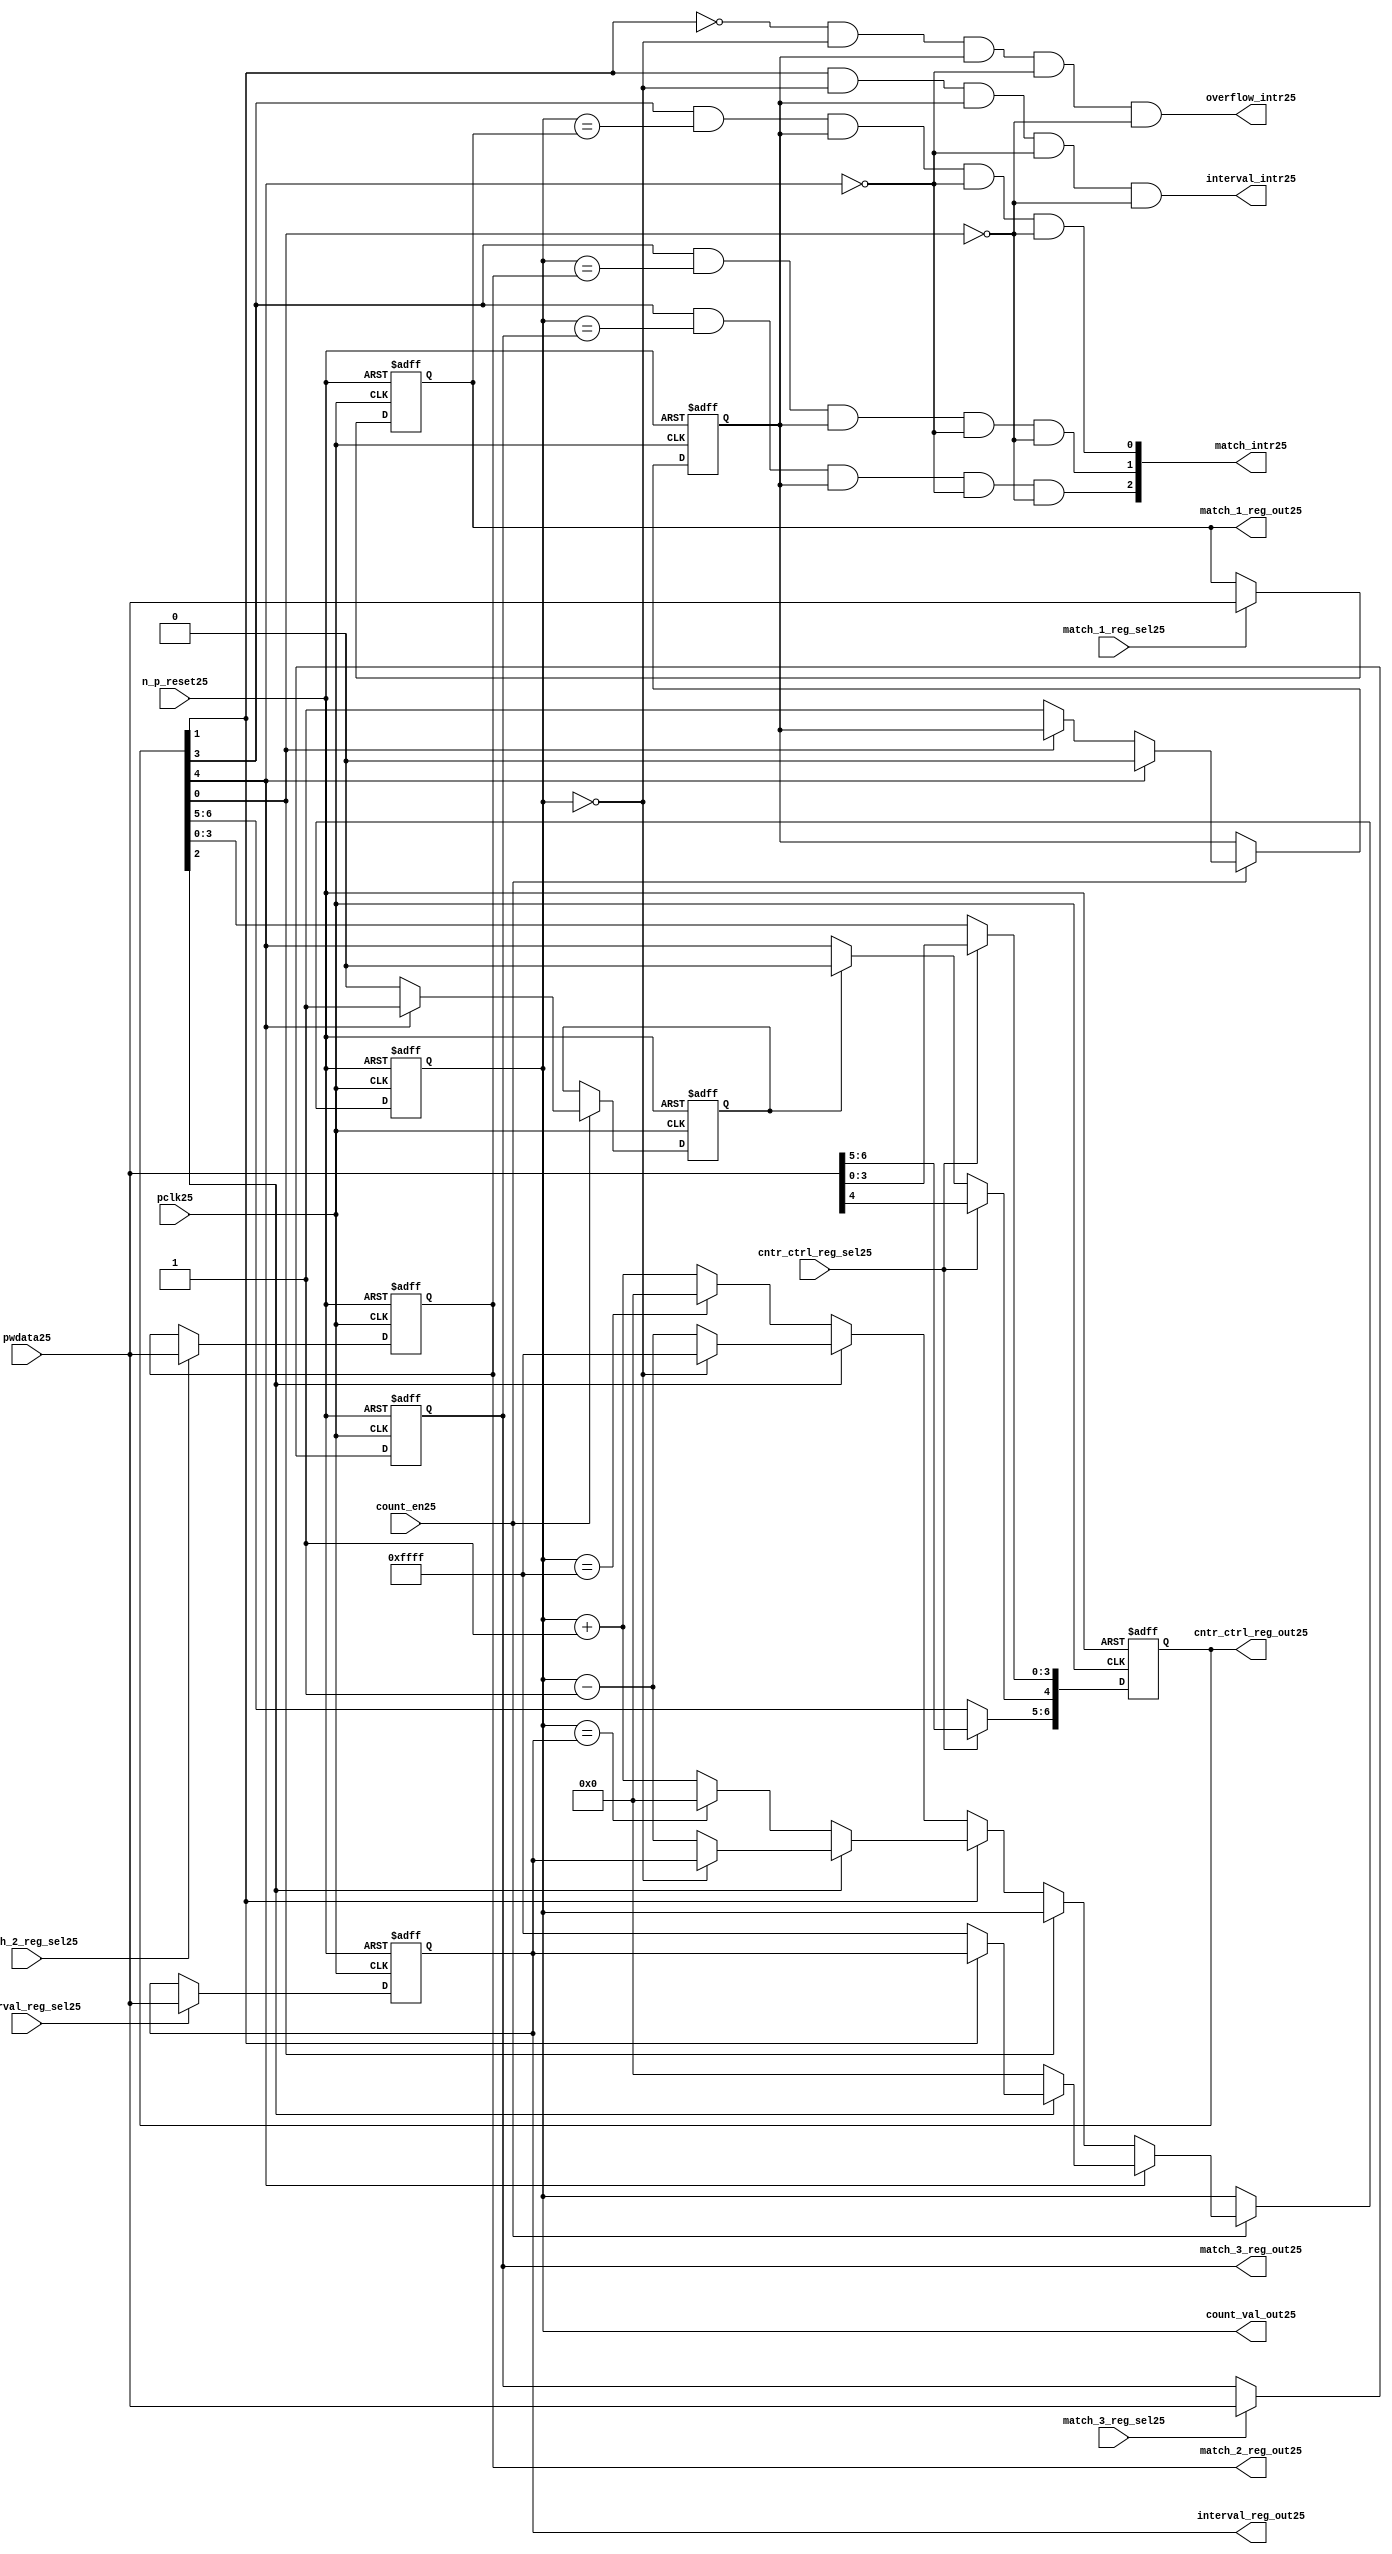
//File25 name   : ttc_counter_lite25.v
//Title25       : 
//Created25     : 1999
//Description25 :The counter can increment and decrement.
//   In increment mode instead of counting25 to its full 16 bit
//   value the counter counts25 up to or down from a programmed25 interval25 value.
//   Interrupts25 are issued25 when the counter overflows25 or reaches25 it's interval25
//   value. In match mode if the count value equals25 that stored25 in one of three25
//   match registers an interrupt25 is issued25.
//Notes25       : 
//----------------------------------------------------------------------
//   Copyright25 1999-2010 Cadence25 Design25 Systems25, Inc25.
//   All Rights25 Reserved25 Worldwide25
//
//   Licensed25 under the Apache25 License25, Version25 2.0 (the
//   "License25"); you may not use this file except25 in
//   compliance25 with the License25.  You may obtain25 a copy of
//   the License25 at
//
//       http25://www25.apache25.org25/licenses25/LICENSE25-2.0
//
//   Unless25 required25 by applicable25 law25 or agreed25 to in
//   writing, software25 distributed25 under the License25 is
//   distributed25 on an "AS25 IS25" BASIS25, WITHOUT25 WARRANTIES25 OR25
//   CONDITIONS25 OF25 ANY25 KIND25, either25 express25 or implied25.  See
//   the License25 for the specific25 language25 governing25
//   permissions25 and limitations25 under the License25.
//----------------------------------------------------------------------
//


module ttc_counter_lite25(

  //inputs25
  n_p_reset25,    
  pclk25,          
  pwdata25,              
  count_en25,
  cntr_ctrl_reg_sel25, 
  interval_reg_sel25,
  match_1_reg_sel25,
  match_2_reg_sel25,
  match_3_reg_sel25,         

  //outputs25    
  count_val_out25,
  cntr_ctrl_reg_out25,
  interval_reg_out25,
  match_1_reg_out25,
  match_2_reg_out25,
  match_3_reg_out25,
  interval_intr25,
  match_intr25,
  overflow_intr25

);


//--------------------------------------------------------------------
// PORT DECLARATIONS25
//--------------------------------------------------------------------

   //inputs25
   input          n_p_reset25;         //reset signal25
   input          pclk25;              //System25 Clock25
   input [15:0]   pwdata25;            //6 Bit25 data signal25
   input          count_en25;          //Count25 enable signal25
   input          cntr_ctrl_reg_sel25; //Select25 bit for ctrl_reg25
   input          interval_reg_sel25;  //Interval25 Select25 Register
   input          match_1_reg_sel25;   //Match25 1 Select25 register
   input          match_2_reg_sel25;   //Match25 2 Select25 register
   input          match_3_reg_sel25;   //Match25 3 Select25 register

   //outputs25
   output [15:0]  count_val_out25;        //Value for counter reg
   output [6:0]   cntr_ctrl_reg_out25;    //Counter25 control25 reg select25
   output [15:0]  interval_reg_out25;     //Interval25 reg
   output [15:0]  match_1_reg_out25;      //Match25 1 register
   output [15:0]  match_2_reg_out25;      //Match25 2 register
   output [15:0]  match_3_reg_out25;      //Match25 3 register
   output         interval_intr25;        //Interval25 interrupt25
   output [3:1]   match_intr25;           //Match25 interrupt25
   output         overflow_intr25;        //Overflow25 interrupt25

//--------------------------------------------------------------------
// Internal Signals25 & Registers25
//--------------------------------------------------------------------

   reg [6:0]      cntr_ctrl_reg25;     // 5-bit Counter25 Control25 Register
   reg [15:0]     interval_reg25;      //16-bit Interval25 Register 
   reg [15:0]     match_1_reg25;       //16-bit Match_125 Register
   reg [15:0]     match_2_reg25;       //16-bit Match_225 Register
   reg [15:0]     match_3_reg25;       //16-bit Match_325 Register
   reg [15:0]     count_val25;         //16-bit counter value register
                                                                      
   
   reg            counting25;          //counter has starting counting25
   reg            restart_temp25;   //ensures25 soft25 reset lasts25 1 cycle    
   
   wire [6:0]     cntr_ctrl_reg_out25; //7-bit Counter25 Control25 Register
   wire [15:0]    interval_reg_out25;  //16-bit Interval25 Register 
   wire [15:0]    match_1_reg_out25;   //16-bit Match_125 Register
   wire [15:0]    match_2_reg_out25;   //16-bit Match_225 Register
   wire [15:0]    match_3_reg_out25;   //16-bit Match_325 Register
   wire [15:0]    count_val_out25;     //16-bit counter value register

//-------------------------------------------------------------------
// Assign25 output wires25
//-------------------------------------------------------------------

   assign cntr_ctrl_reg_out25 = cntr_ctrl_reg25;    // 7-bit Counter25 Control25
   assign interval_reg_out25  = interval_reg25;     // 16-bit Interval25
   assign match_1_reg_out25   = match_1_reg25;      // 16-bit Match_125
   assign match_2_reg_out25   = match_2_reg25;      // 16-bit Match_225 
   assign match_3_reg_out25   = match_3_reg25;      // 16-bit Match_325 
   assign count_val_out25     = count_val25;        // 16-bit counter value
   
//--------------------------------------------------------------------
// Assigning25 interrupts25
//--------------------------------------------------------------------

   assign interval_intr25 =  cntr_ctrl_reg25[1] & (count_val25 == 16'h0000)
      & (counting25) & ~cntr_ctrl_reg25[4] & ~cntr_ctrl_reg25[0];
   assign overflow_intr25 = ~cntr_ctrl_reg25[1] & (count_val25 == 16'h0000)
      & (counting25) & ~cntr_ctrl_reg25[4] & ~cntr_ctrl_reg25[0];
   assign match_intr25[1]  =  cntr_ctrl_reg25[3] & (count_val25 == match_1_reg25)
      & (counting25) & ~cntr_ctrl_reg25[4] & ~cntr_ctrl_reg25[0];
   assign match_intr25[2]  =  cntr_ctrl_reg25[3] & (count_val25 == match_2_reg25)
      & (counting25) & ~cntr_ctrl_reg25[4] & ~cntr_ctrl_reg25[0];
   assign match_intr25[3]  =  cntr_ctrl_reg25[3] & (count_val25 == match_3_reg25)
      & (counting25) & ~cntr_ctrl_reg25[4] & ~cntr_ctrl_reg25[0];


//    p_reg_ctrl25: Process25 to write to the counter control25 registers
//    cntr_ctrl_reg25 decode:  0 - Counter25 Enable25 Active25 Low25
//                           1 - Interval25 Mode25 =1, Overflow25 =0
//                           2 - Decrement25 Mode25
//                           3 - Match25 Mode25
//                           4 - Restart25
//                           5 - Waveform25 enable active low25
//                           6 - Waveform25 polarity25
   
   always @ (posedge pclk25 or negedge n_p_reset25)
   begin: p_reg_ctrl25  // Register writes
      
      if (!n_p_reset25)                                   
      begin                                     
         cntr_ctrl_reg25 <= 7'b0000001;
         interval_reg25  <= 16'h0000;
         match_1_reg25   <= 16'h0000;
         match_2_reg25   <= 16'h0000;
         match_3_reg25   <= 16'h0000;  
      end    
      else 
      begin
         if (cntr_ctrl_reg_sel25)
            cntr_ctrl_reg25 <= pwdata25[6:0];
         else if (restart_temp25)
            cntr_ctrl_reg25[4]  <= 1'b0;    
         else 
            cntr_ctrl_reg25 <= cntr_ctrl_reg25;             

         interval_reg25  <= (interval_reg_sel25) ? pwdata25 : interval_reg25;
         match_1_reg25   <= (match_1_reg_sel25)  ? pwdata25 : match_1_reg25;
         match_2_reg25   <= (match_2_reg_sel25)  ? pwdata25 : match_2_reg25;
         match_3_reg25   <= (match_3_reg_sel25)  ? pwdata25 : match_3_reg25;   
      end
      
   end  //p_reg_ctrl25

   
//    p_cntr25: Process25 to increment or decrement the counter on receiving25 a 
//            count_en25 signal25 from the pre_scaler25. Count25 can be restarted25
//            or disabled and can overflow25 at a specified interval25 value.
   
   
   always @ (posedge pclk25 or negedge n_p_reset25)
   begin: p_cntr25   // Counter25 block

      if (!n_p_reset25)     //System25 Reset25
      begin                     
         count_val25 <= 16'h0000;
         counting25  <= 1'b0;
         restart_temp25 <= 1'b0;
      end
      else if (count_en25)
      begin
         
         if (cntr_ctrl_reg25[4])     //Restart25
         begin     
            if (~cntr_ctrl_reg25[2])  
               count_val25         <= 16'h0000;
            else
            begin
              if (cntr_ctrl_reg25[1])
                 count_val25         <= interval_reg25;     
              else
                 count_val25         <= 16'hFFFF;     
            end
            counting25       <= 1'b0;
            restart_temp25   <= 1'b1;

         end
         else 
         begin
            if (!cntr_ctrl_reg25[0])          //Low25 Active25 Counter25 Enable25
            begin

               if (cntr_ctrl_reg25[1])  //Interval25               
                  if (cntr_ctrl_reg25[2])  //Decrement25        
                  begin
                     if (count_val25 == 16'h0000)
                        count_val25 <= interval_reg25;  //Assumed25 Static25
                     else
                        count_val25 <= count_val25 - 16'h0001;
                  end
                  else                   //Increment25
                  begin
                     if (count_val25 == interval_reg25)
                        count_val25 <= 16'h0000;
                     else           
                        count_val25 <= count_val25 + 16'h0001;
                  end
               else    
               begin  //Overflow25
                  if (cntr_ctrl_reg25[2])   //Decrement25
                  begin
                     if (count_val25 == 16'h0000)
                        count_val25 <= 16'hFFFF;
                     else           
                        count_val25 <= count_val25 - 16'h0001;
                  end
                  else                    //Increment25
                  begin
                     if (count_val25 == 16'hFFFF)
                        count_val25 <= 16'h0000;
                     else           
                        count_val25 <= count_val25 + 16'h0001;
                  end 
               end
               counting25  <= 1'b1;
            end     
            else
               count_val25 <= count_val25;   //Disabled25
   
            restart_temp25 <= 1'b0;
      
         end
     
      end // if (count_en25)

      else
      begin
         count_val25    <= count_val25;
         counting25     <= counting25;
         restart_temp25 <= restart_temp25;               
      end
     
   end  //p_cntr25

endmodule